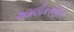
અમલીકરણોનો